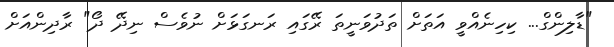
"ޑާލިންގް... ކިހިނެއްވީ އަތަށް ތަދުވަނީތަ ރޭގައި ރަނގަޅަށް ނުވެސް ނިދޭ ދޯ" ރާދިންއަށް